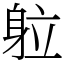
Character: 䠴